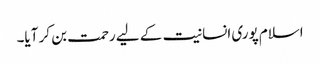
اسلام پوری انسانیت کے لیے رحمت بن کر آیا۔